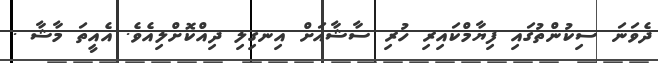
ދެވަނަ ސިކުންތުގައި ފިޔާމްކައިރި ހުރި ސާޝާއަށް އިނގިލި ދިއްކޮށްލިއެވެ. އެއީތަ މާޝާ .